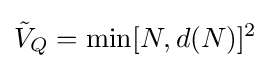
{\tilde {V}}_{Q}=\min[N,d(N)]^{2}